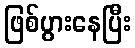
ဖြစ်ပွားနေပြီး